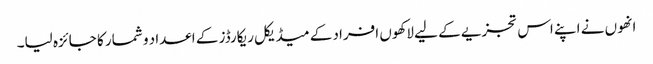
انھوں نے اپنے اس تجزیے کے لیے لاکھوں افراد کے میڈیکل ریکارڈز کے اعداد و شمار کا جائزہ لیا۔